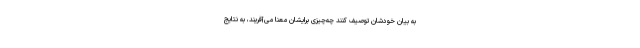
به بیان خودشان توصیف کنند چه‌چیزی برایشان معنا می‌آفریند، به نتایج